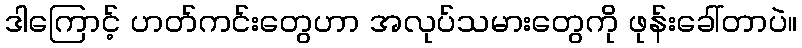
ဒါကြောင့် ဟတ်ကင်းတွေဟာ အလုပ်သမားတွေကို ဖုန်းခေါ်တာပဲ။